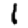
Digit: 1